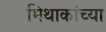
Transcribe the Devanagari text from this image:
मिथाकांच्या